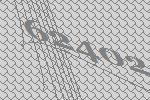
62402